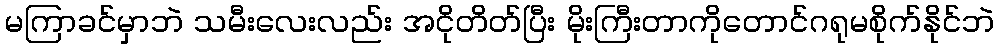
မကြာခင်မှာဘဲ သမီးလေးလည်း အငိုတိတ်ပြီး မိုးကြီးတာကိုတောင်ဂရုမစိုက်နိုင်ဘဲ